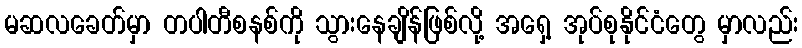
မဆလခေတ်မှာ တပါတီစနစ်ကို သွားနေချိန်ဖြစ်လို့ အရှေ့ အုပ်စုနိုင်ငံတွေ မှာလည်း